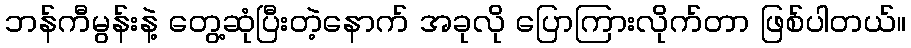
ဘန်ကီမွန်းနဲ့ တွေ့ဆုံပြီးတဲ့နောက် အခုလို ပြောကြားလိုက်တာ ဖြစ်ပါတယ်။